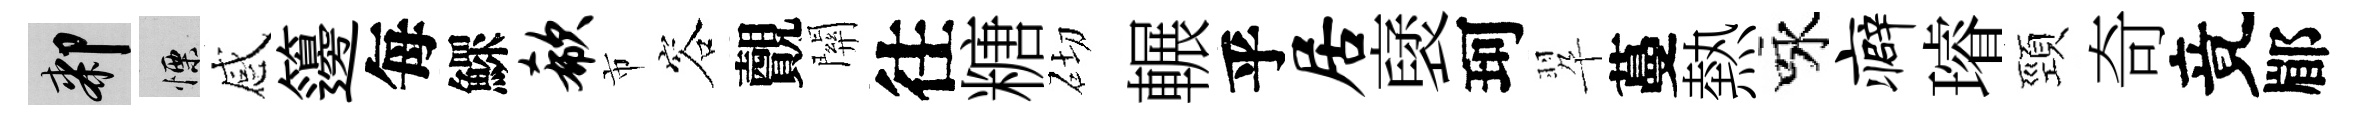
膝慄感籩每鰥欷市容覿關往糖砌輾乎居裦珂翆蔓熱咏癖璿頸奇竟郿